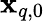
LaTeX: \mathbf{x}_{q,0}